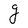
Character: g